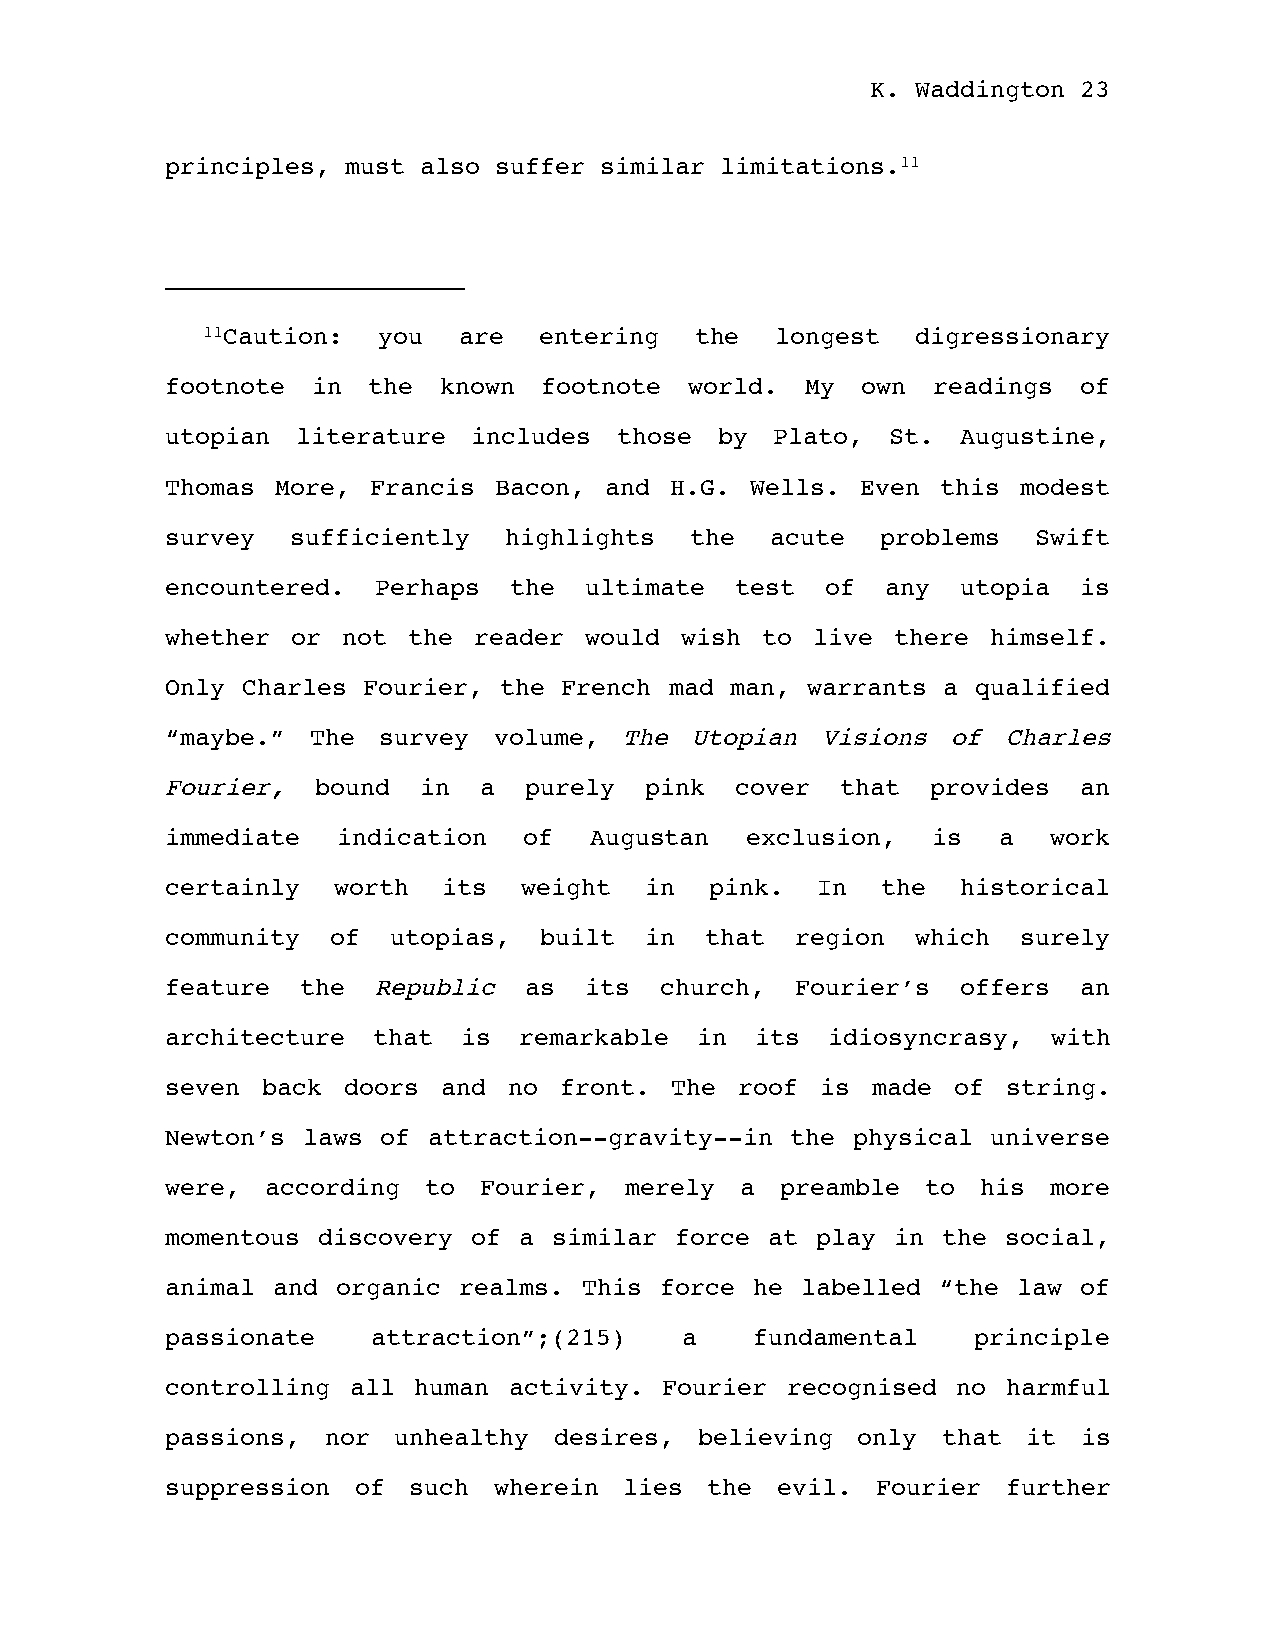
K. Waddington 23
 principles, must also suffer similar limitations.11
 11Caution:  you  are   entering  the  longest   digressionary
 footnote  in the  known  footnote  world. My  own  readings of
 utopian  literature includes  those  by Plato,  St.  Augustine,
 Thomas More,  Francis Bacon, and H.G.  Wells. Even this  modest
 survey  sufficiently  highlights   the  acute  problems   Swift
 encountered.  Perhaps  the  ultimate  test  of  any  utopia  is
 whether or  not the reader  would wish to  live there  himself.
 Only Charles Fourier, the French mad man, warrants a  qualified
 “maybe.”  The survey  volume, The  Utopian Visions  of Charles
 Fourier,  bound  in  a  purely  pink  cover  that  provides  an
 immediate  indication   of  Augustan  exclusion,   is  a   work
 certainly  worth  its  weight   in  pink.  In  the   historical
 community  of  utopias,  built  in  that  region  which  surely
 feature  the  Republic  as  its  church,  Fourier’s  offers  an
 architecture  that  is remarkable  in  its  idiosyncrasy,  with
 seven back  doors and  no front. The  roof is  made of  string.
 Newton’s laws of attraction--gravity--in the physical  universe
 were,  according to  Fourier, merely  a  preamble to  his  more
 momentous discovery of a  similar force at play in the  social,
 animal and organic realms.  This force he labelled “the law  of
 passionate    attraction”;(215)   a    fundamental    principle
 controlling all human  activity. Fourier recognised no  harmful
 passions,  nor unhealthy  desires, believing  only that  it  is
 suppression of  such  wherein lies  the evil.  Fourier  further